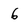
Character: 6